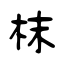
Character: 枺